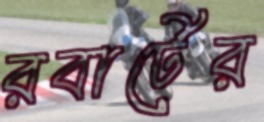
রবার্টের